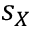
s _ { X }